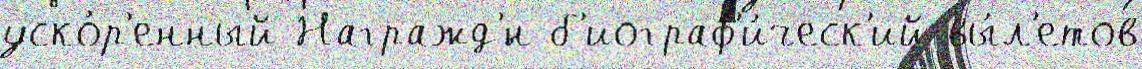
уско́р'енный Награжд'́н б'иограф'и́ческ'ий вы́л'етов